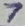
Text: 7